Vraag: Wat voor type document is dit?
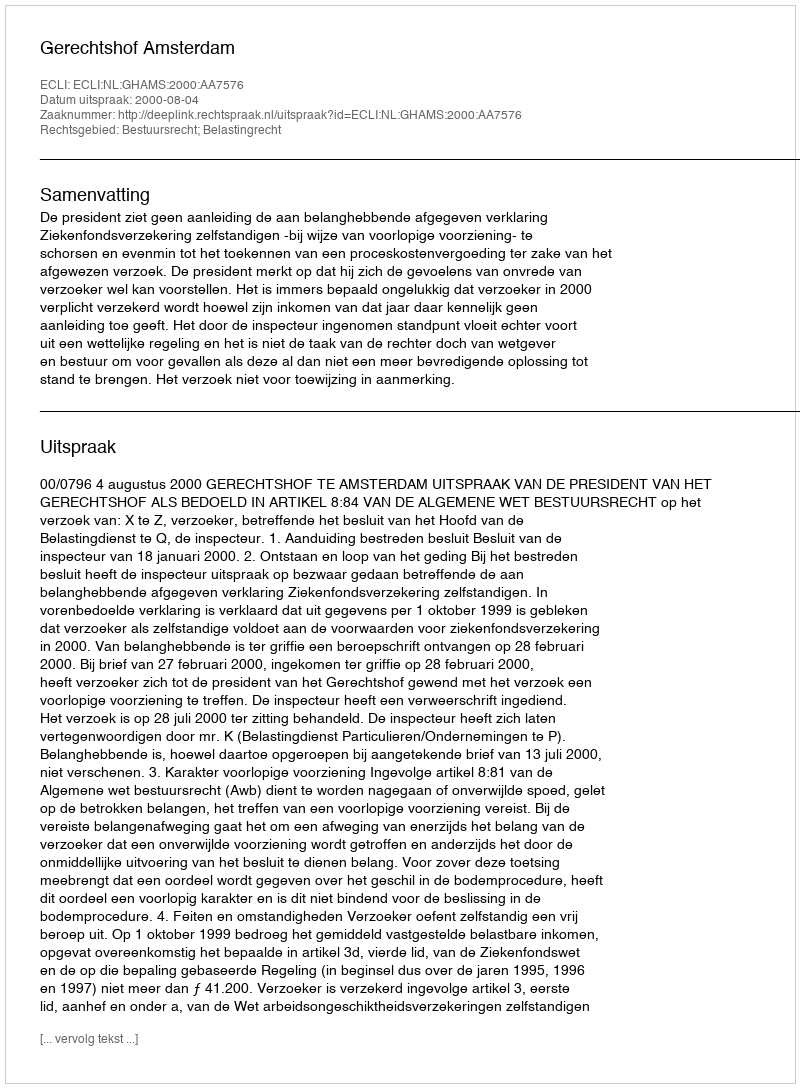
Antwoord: Uitspraak